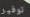
توفير